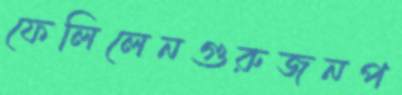
ফেলিলেনগুরুজনপ